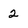
Character: 2